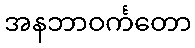
အနဘာဝင်္ကတော